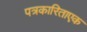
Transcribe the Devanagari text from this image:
पत्रकारिताएक